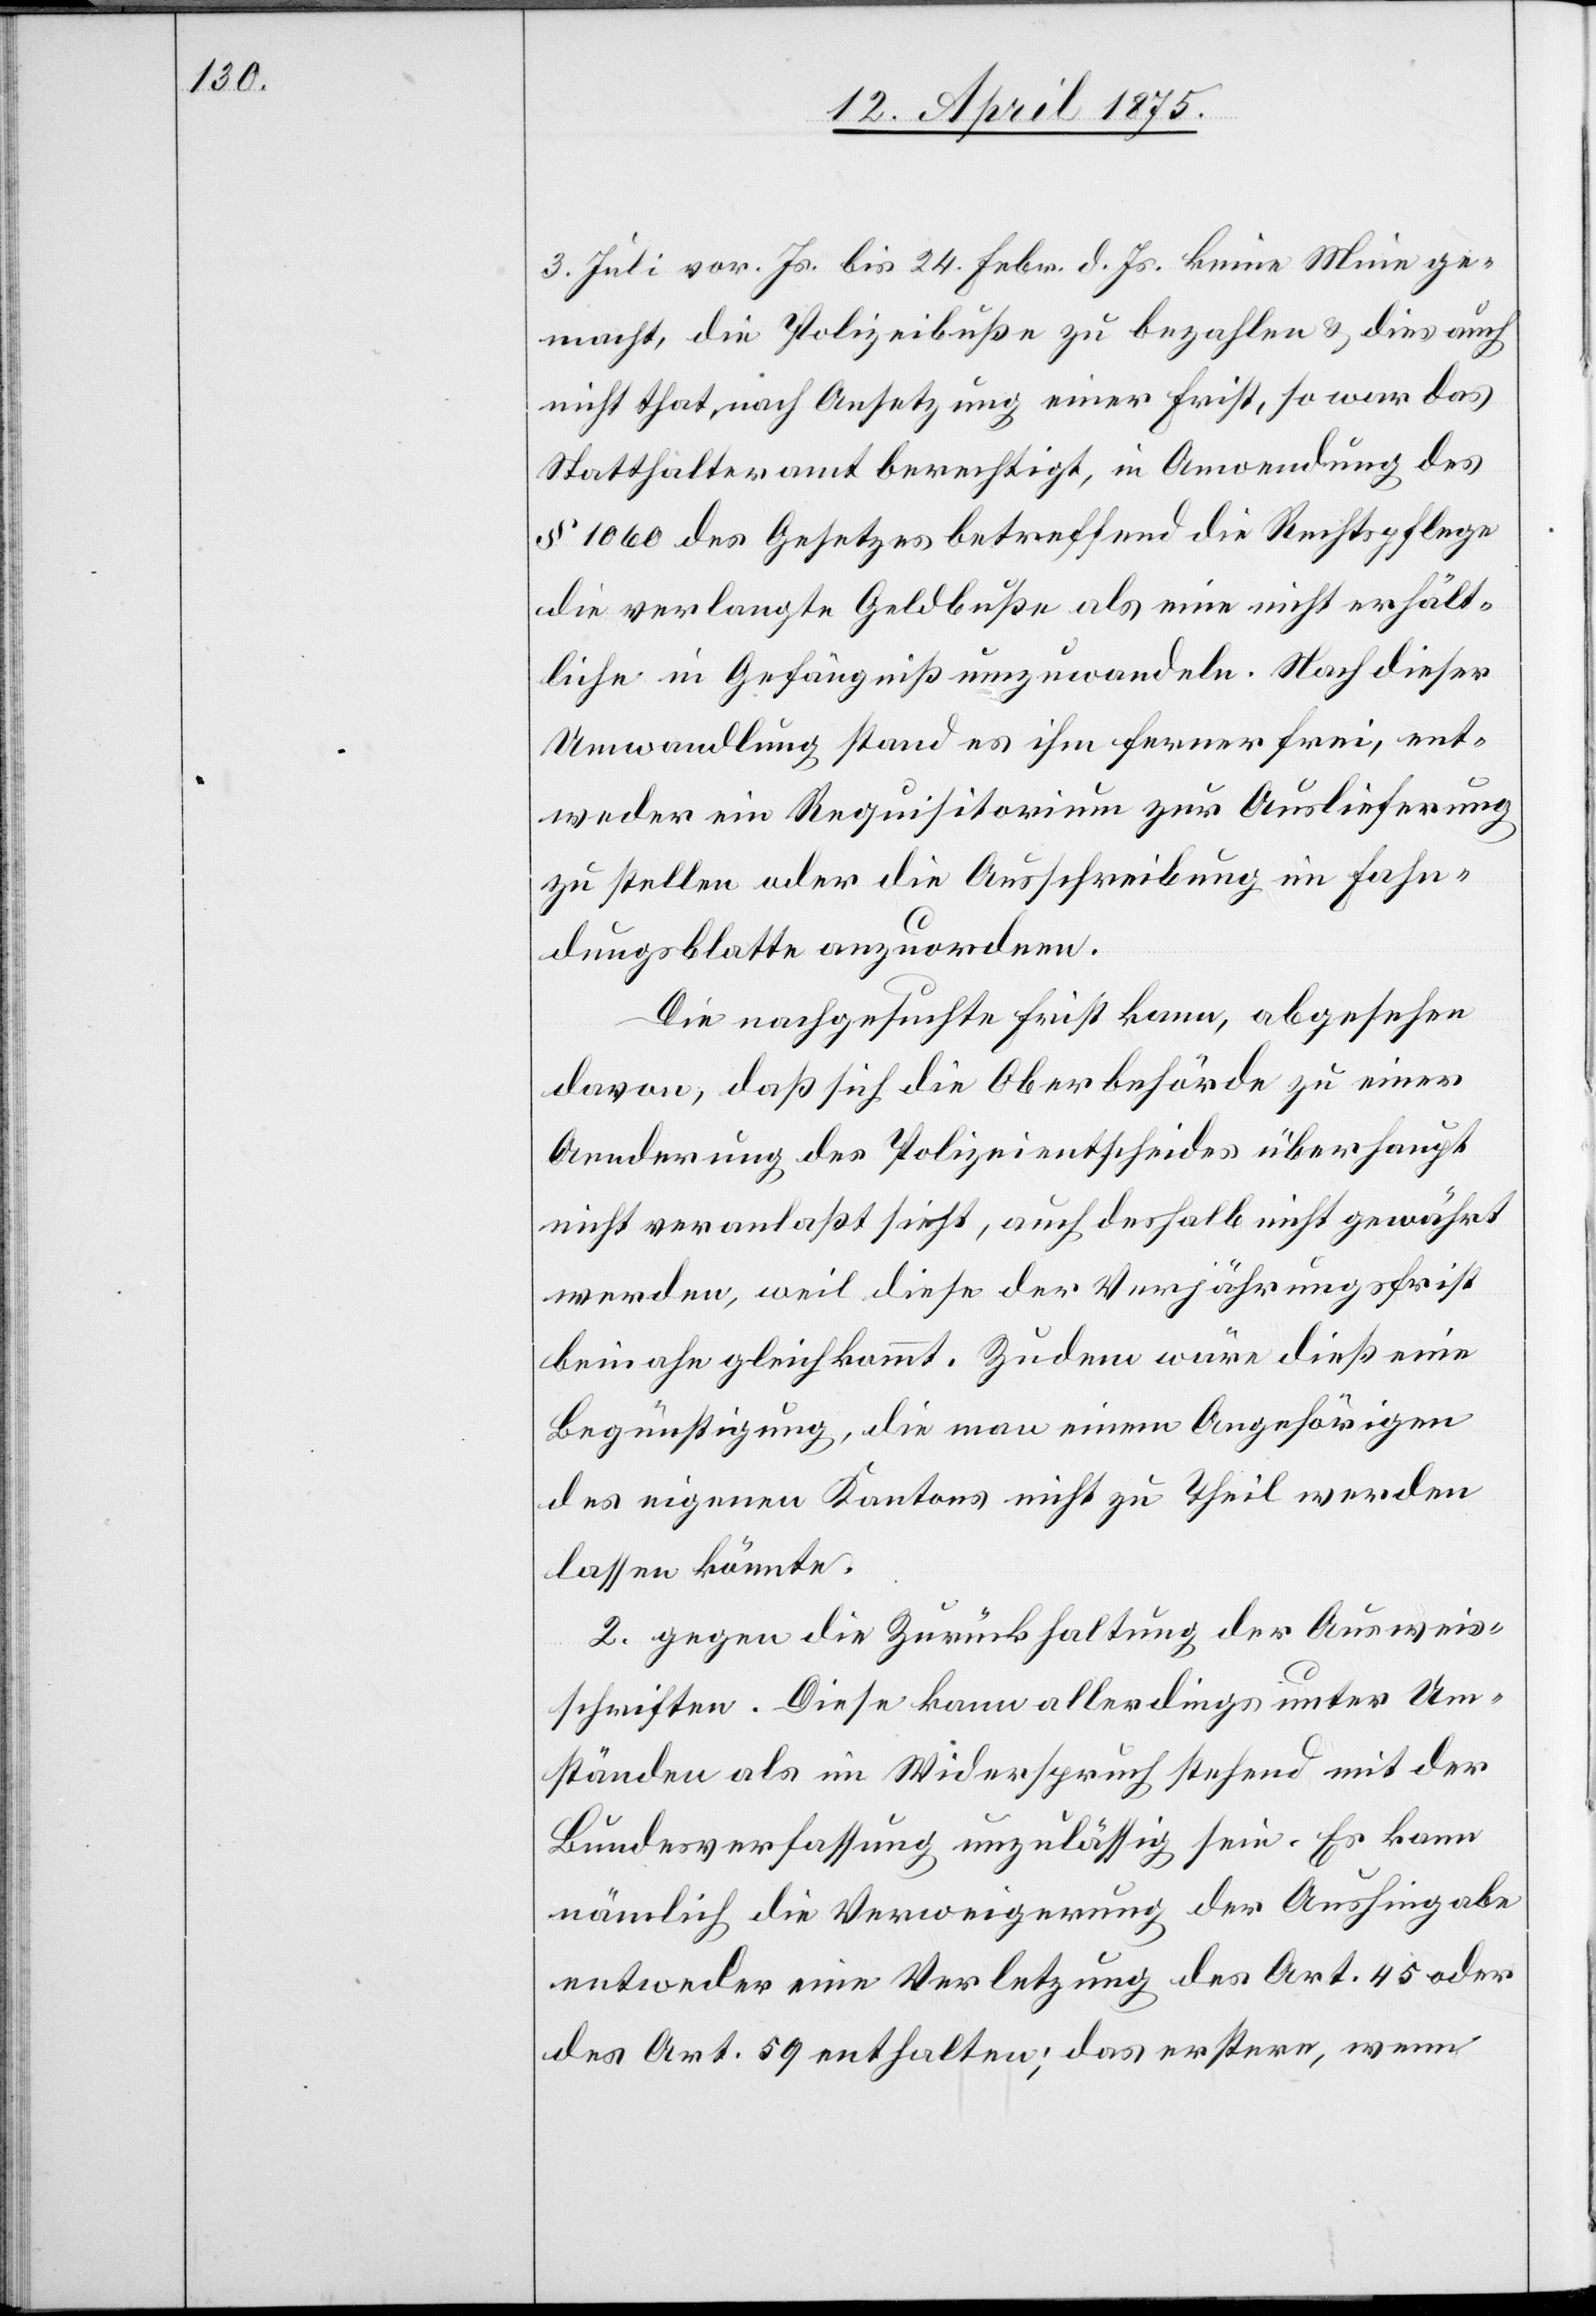
3. Juli vor. Js. bis 24. Febr. d. Js keine Mine ge¬
macht, die Polizeibuße zu bezahlen & dies auch
nicht that, nach Ansetzung einer Frist, so war das
Statthalteramt berechtigt, in Anwendung des
§ 1060 des Gesetzes betreffend die Rechtspflege
die verlangte Geldbuße als eine nicht erhält¬
liche in Gefängniß umzuwandeln. Nach dieser
Umwandlung stand es ihm ferner frei, ent¬
weder ein Requisitorium zur Auslieferung
zu stellen oder die Ausschreibung im Fahn¬
dungsblatt anzuordnen.
Die nachgesuchte Frist kann, abgesehen
davon, daß sich die Oberbehörde zu einer
Aenderung des Polizeientscheides überhaupt
nicht veranlaßt sieht, auch deshalb nicht gewährt
werden, weil diese der Verjährungsfrist
beinahe gleichkommt. Zudem wäre dieß eine
Begünstigung, die man einem Angehörigen
des eigenen Kantons nicht zu Theil werden
lassen könnte.
2. gegen die Zurückhaltung der Ausweis¬
schriften. Diese kann allerdings unter Um¬
ständen als im Widerspruch stehend mit der
Bundesverfassung unzulässig sein. Er kann
nämlich die Verweigerung der Aushingabe
entweder eine Verletzung des Art. 45 oder
des Art. 59 enthalten; das erstere, wenn